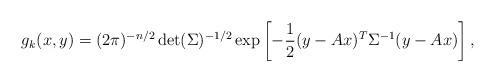
LaTeX: \begin{align*}g_{k}(x,y)=(2\pi)^{-n/2}\det(\Sigma)^{-1/2}\exp\left[-\frac{1}{2}(y-Ax)^{T}\Sigma^{-1}(y-Ax)\right],\end{align*}